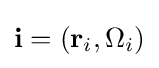
\mathbf {i} =(\mathbf {r} _{i},\Omega _{i})